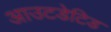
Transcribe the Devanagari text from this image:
आउटडेटिड